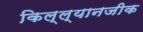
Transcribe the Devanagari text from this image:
किल्ल्यानजीक